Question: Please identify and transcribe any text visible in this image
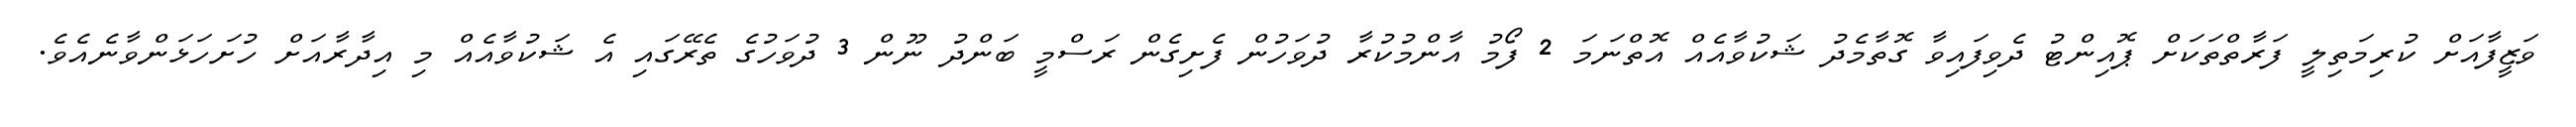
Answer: ވަޒީފާއަށް ކުރިމަތިލީ ފަރާތްތަކަށް ޕޮއިންޓު ދެވިފައިވާ ގޮތާމެދު ޝަކުވާއެއް އޮތްނަމަ 2 ފޯމު އާންމުކުރާ ދުވަހުން ފެށިގެން ރަސްމީ ބަންދު ނޫން 3 ދުވަހުގެ ތެރޭގައި އެ ޝަކުވާއެއް މި އިދާރާއަށް ހުށަހަޅަންވާނެއެވެ.